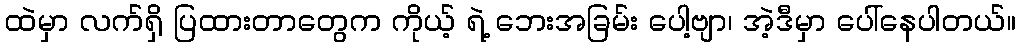
ထဲမှာ လက်ရှိ ပြထားတာတွေက ကိုယ့် ရဲ့ ဘေးအခြမ်း ပေါ့ဗျာ၊ အဲ့ဒီမှာ ပေါ်နေပါတယ်။